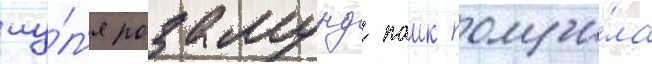
иу́л'я розамунд паик получи́ла